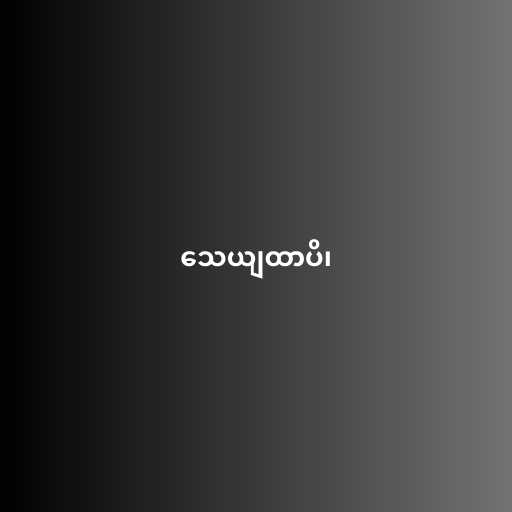
သေယျထာပိ၊